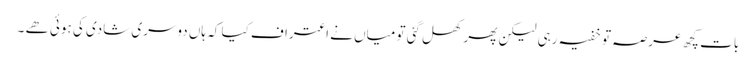
بات کچھ عرصہ تو خفیہ رہی لیکن پھر کھل گئی تو میاں نے اعتراف کیا کہ ہاں دوسری شادی کی ہوئی ھے ۔